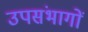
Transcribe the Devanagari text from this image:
उपसंभागों